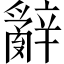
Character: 辭